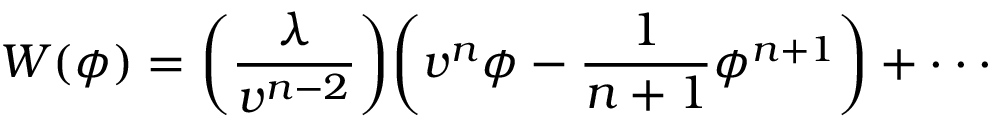
W ( \phi ) = \biggl ( \frac { \lambda } { v ^ { n - 2 } } \biggr ) \biggl ( v ^ { n } \phi - \frac { 1 } { n + 1 } \phi ^ { n + 1 } \biggr ) + \cdot \cdot \cdot